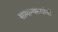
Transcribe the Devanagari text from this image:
सामान्यरूपांची